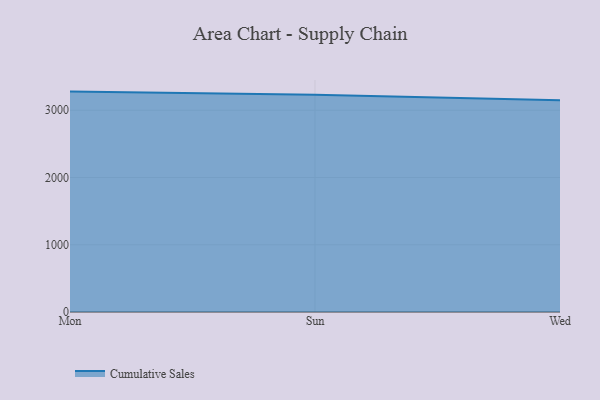
{"axis": {"x": "Day", "y": "LTV (USD)"}, "legend": ["Cumulative Sales"], "data": [{"x": "Mon", "y": 3277.1, "type": "Cumulative Sales"}, {"x": "Sun", "y": 3230.0, "type": "Cumulative Sales"}, {"x": "Wed", "y": 3149.1, "type": "Cumulative Sales"}]}